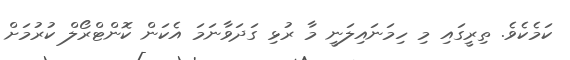
ކަމެކެވެ. ތިރީގައި މި ހިމަނައިލަނީ މާ ރުޅި ގަދަވާނަމަ އެކަން ކޮންޓްރޯލް ކުރުމަށް